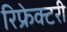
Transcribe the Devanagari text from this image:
रिफ्रेक्टरी